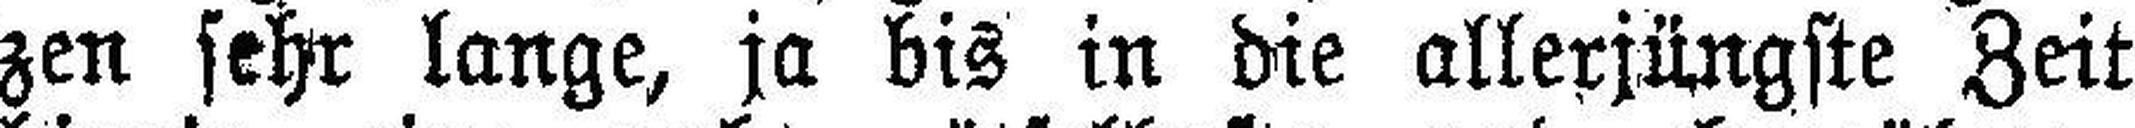
zen sehr lange, ja bis in die allerjüngste Zeit